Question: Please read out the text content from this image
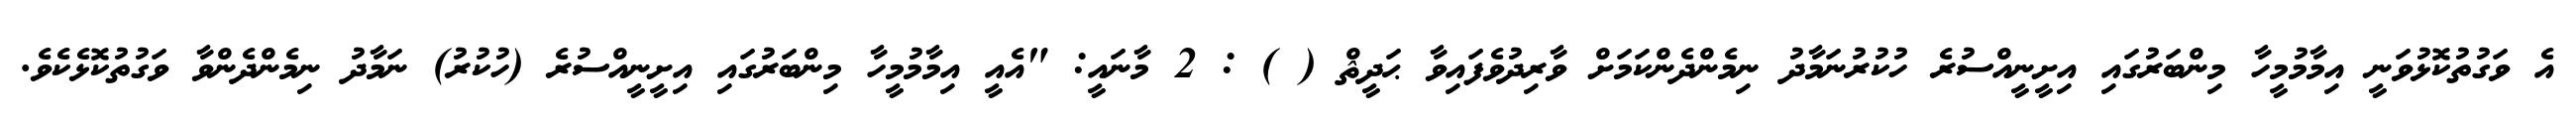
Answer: އެ ވަގުތުކޮޅުވަނީ އިމާމުމީހާ މިންބަރުގައި އިށީނީއްސުރެ ހުކުރުނަމާދު ނިމެންދެންކަމަށް ވާރިދުވެފައިވާ ޙަދީޘް ( ) : 2 މާނައީ: "އެއީ އިމާމުމީހާ މިންބަރުގައި އިށީނީއްސުރެ (ހުކުރު) ނަމާދު ނިމެންދެންވާ ވަގުތުކޮޅެކެވެ.